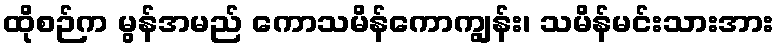
ထိုစဉ်က မွန်အမည် ကောသမိန်ကောကျွန်း၊ သမိန်မင်းသားအား